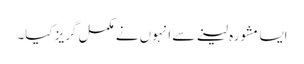
ایسا مشورہ لینے سے انہوں نے مکمل گریز کیا۔